Annual administration report of the Civil Veterinary Department of India - 1899-1900
Year: 1899
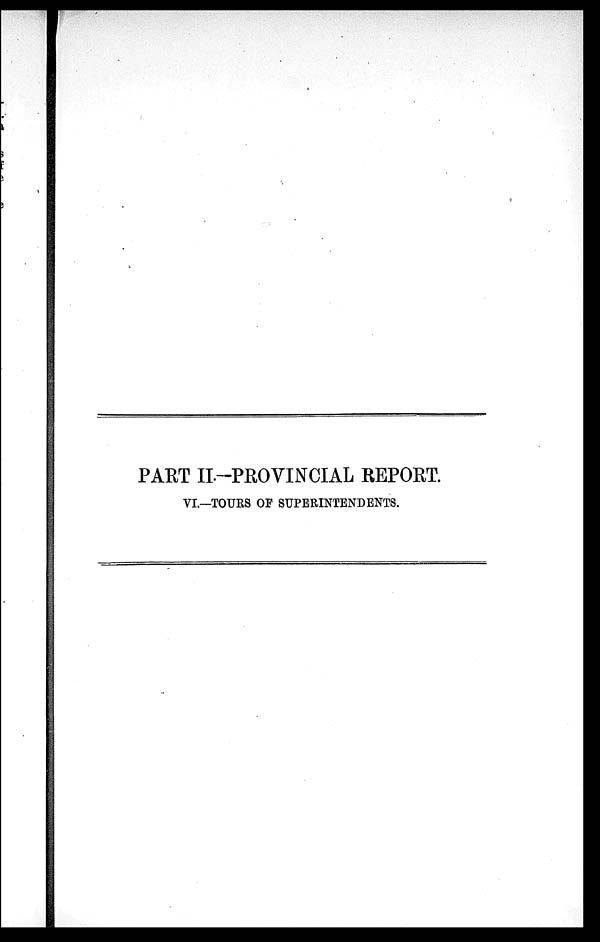
PART II.-PROVINCIAL REPORT.
VI.—TOURS OF SUPERINTENDENTS.